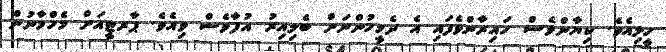
ހީލިއެވެ. ކިޔާންވެސް ހައިރާންވެފައި އެ ދެމީހުންނަށް ބެލިއިރު އުފާވެސް ވިއެވެ. ޕާރޓީއަށް މެހްމާނުން